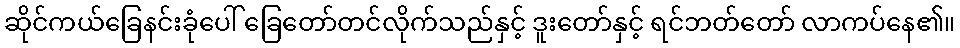
ဆိုင်ကယ်ခြေနင်းခုံပေါ် ခြေတော်တင်လိုက်သည်နှင့် ဒူးတော်နှင့် ရင်ဘတ်တော် လာကပ်နေ၏။